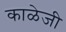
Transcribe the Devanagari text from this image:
काळेजी